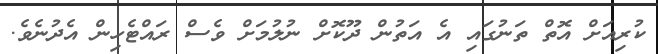
ކުރިއަށް އޮތް ތަނުގައި އެ އަތުން ދޫކޮށް ނުލުމަށް ވެސް ރައްޓެހިން އެދުނެވެ.